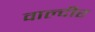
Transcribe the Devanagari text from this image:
वाल्दीर